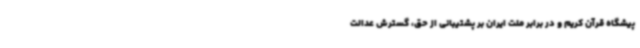
پیشگاه قرآن کریم و در برابر ملت ایران بر پشتیبانی از حق، گسترش عدالت